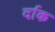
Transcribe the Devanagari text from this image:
र्दाक